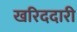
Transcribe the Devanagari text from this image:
खरिददारी